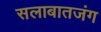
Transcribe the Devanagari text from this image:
सलाबातजंग